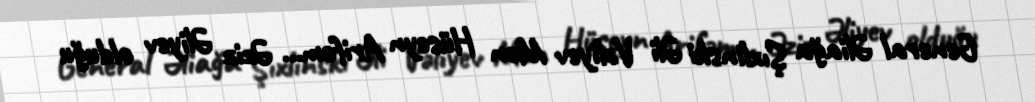
General Əliağa Şıxlinski Əli Vəliyev Mən Hüseyn Arifəm... Əziz Əliyev olduğu